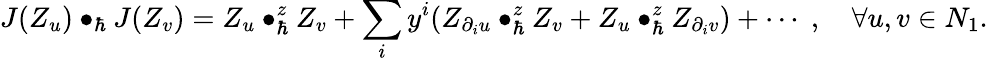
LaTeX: J(Z_{u})\bullet_{\hbar}J(Z_{v})=Z_{u}\bullet_{\hbar}^{z}Z_{v}+\sum_{i}y^{i}(Z_{\partial_{i}u}\bullet_{\hbar}^{z}Z_{v}+Z_{u}\bullet_{\hbar}^{z}Z_{\partial_{i}v})+\cdots\; ,\quad\forall u,v\in N_{1}.